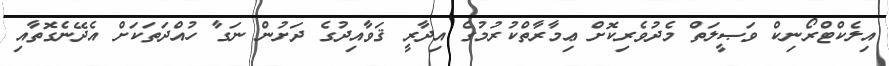
އިލެކްޓްރޯނިކް ވަޞީލަތް މެދުވެރިކޮށް ޢިމާރާތްކުރުމުގެ އިދާރީ ޤަވާއިދުގެ ދަށުން ނަގާ ހުއްދަތަކަށް އެދޭނެގޮތާއި